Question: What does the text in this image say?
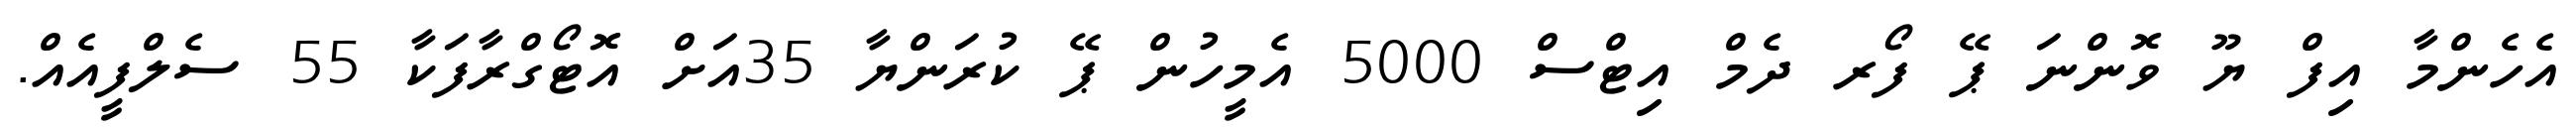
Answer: އެހެންމާ އިފް ޔޫ ވޮންނަ ޕޭ ފޯރ ދެމް އިޓްސް 5000 އެމީހުން ޕޭ ކުރަންޔާ 35އަށް އޮޓޯގްރާފަކާ 55 ސެލްފީއެއް.